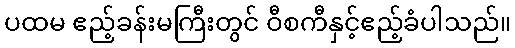
ပထမ ဧည့်ခန်းမကြီးတွင် ဝီစကီနှင့်ဧည့်ခံပါသည်။